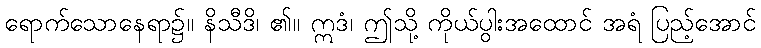
ရောက်သောနေရာ၌။ နိသီဒိ၊ ၏။ ဣဒံ၊ ဤသို့ ကိုယ်ပွါးအထောင် အရံ ပြည့်အောင်